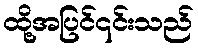
ထို့အပြင်၎င်းသည်